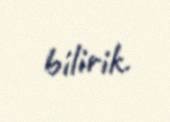
bilirik.